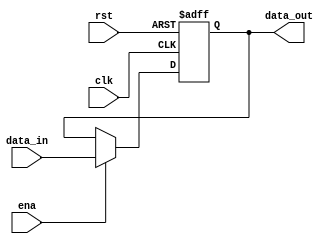
`timescale 1ns / 1ps
//////////////////////////////////////////////////////////////////////////////////
// Company: 
// Engineer: 
// 
// Design Name: 
// Module Name: pcreg
// Project Name: 
// Target Devices: 
// Tool Versions: 
// Description: 
// 
// Dependencies: 
// 
// Revision:
// Revision 0.01 - File Created
// Additional Comments:
// 
//////////////////////////////////////////////////////////////////////////////////

module pcreg(
    input clk,
    input rst,//high level set zero
    input ena,//high level getin
    input [31:0] data_in,
    output reg [31:0] data_out
    );    
    initial data_out<=32'h0040_0000;
    always @ (posedge clk or posedge rst)begin
        if (rst)
            data_out <= 32'h0040_0000;
        else if (ena)
            data_out <= data_in;
        else
            data_out <= data_out;
     end

endmodule